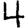
Digit: 4